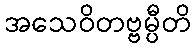
အသေဝိတဗ္ဗမ္ပီတိ